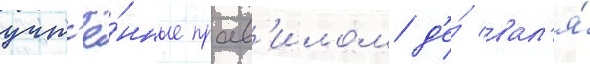
учт'ё́нные прав'илом д'е́ вал'я́